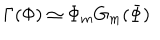
LaTeX: \Gamma ( \Phi ) \simeq \Phi _ { m } G _ { m } ( \Phi )